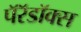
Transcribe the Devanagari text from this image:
पॅरॅडॉक्स